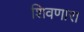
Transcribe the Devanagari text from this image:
शिवणारा